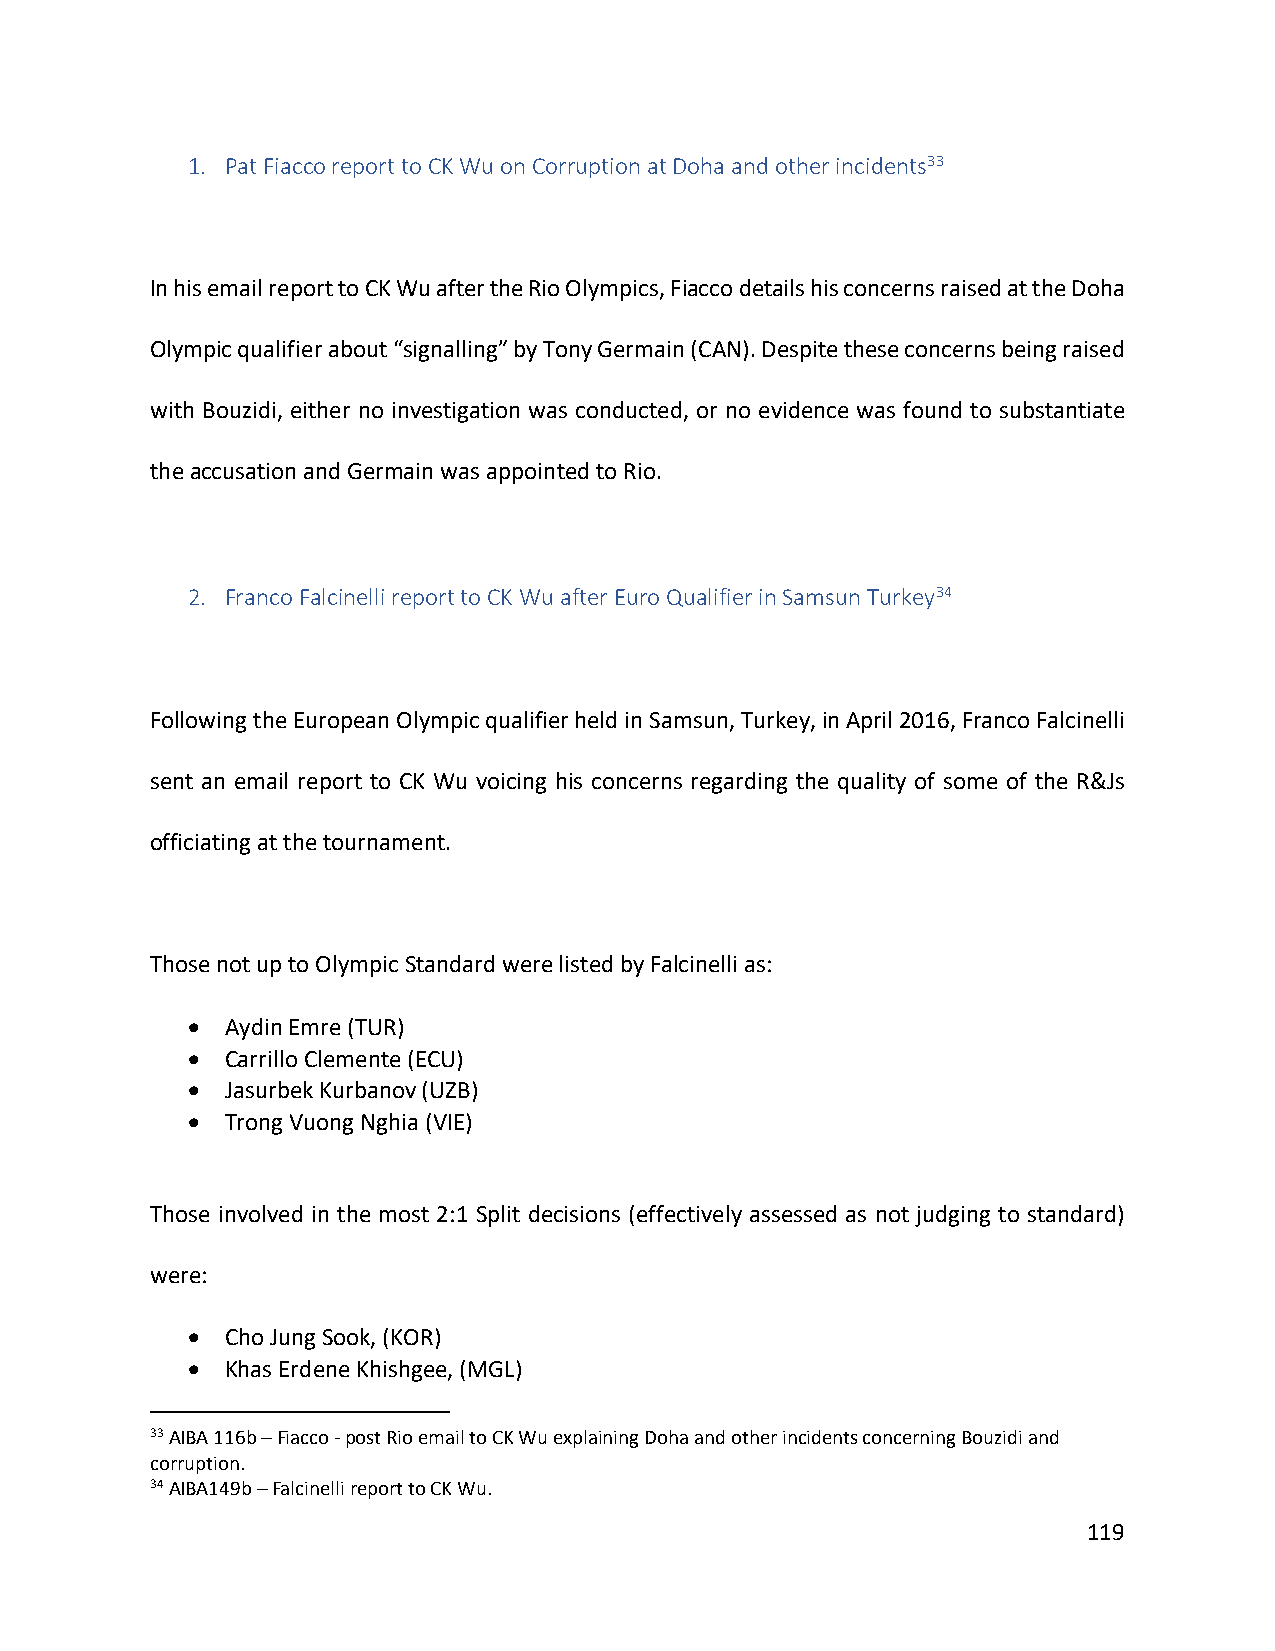
1. Pat Fiacco report to CK Wu on Corruption at Doha and other incidents33
 In his email report to CK Wu after the Rio Olympics, Fiacco details his concerns raised at the Doha
 Olympic qualifier about “signalling” by Tony Germain (CAN). Despite these concerns being raised
 with Bouzidi, either no investigation was conducted, or no evidence was found to substantiate
 the accusation and Germain was appointed to Rio.
 2. Franco Falcinelli report to CK Wu after Euro Qualifier in Samsun Turkey34
 Following the European Olympic qualifier held in Samsun, Turkey, in April 2016, Franco Falcinelli
 sent an email report to CK Wu voicing his concerns regarding the quality of some of the R&Js
 officiating at the tournament.
 Those not up to Olympic Standard were listed by Falcinelli as:
 •  Aydin Emre (TUR)
 •  Carrillo Clemente (ECU)
 •  Jasurbek Kurbanov (UZB)
 •  Trong Vuong Nghia (VIE)
 Those involved in the most 2:1 Split decisions (effectively assessed as not judging to standard)
 were:
 •  Cho Jung Sook, (KOR)
 •  Khas Erdene Khishgee, (MGL)
 33 AIBA 116b – Fiacco - post Rio email to CK Wu explaining Doha and other incidents concerning Bouzidi and
 corruption.
 34 AIBA149b – Falcinelli report to CK Wu.
 119